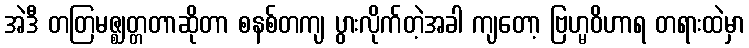
အဲဒီ တတြမဇ္ဈတ္တတာဆိုတာ စနစ်တကျ ပွားလိုက်တဲ့အခါ ကျတော့ ဗြဟ္မဝိဟာရ တရားထဲမှာ